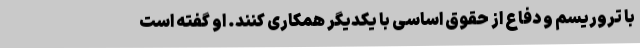
با تروریسم و دفاع از حقوق اساسی با یکدیگر همکاری کنند. او گفته است